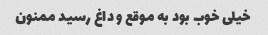
خیلی خوب بود به موقع و داغ رسید ممنون